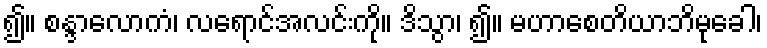
၍။ စန္ဒာလောကံ၊ လရောင်အလင်းကို။ ဒိသွာ၊ ၍။ မဟာစေတိယာဘိမုခေါ၊